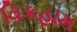
વિકહામ